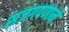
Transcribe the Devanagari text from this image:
सजगपणाने